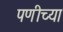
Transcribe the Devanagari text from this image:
पणीच्या